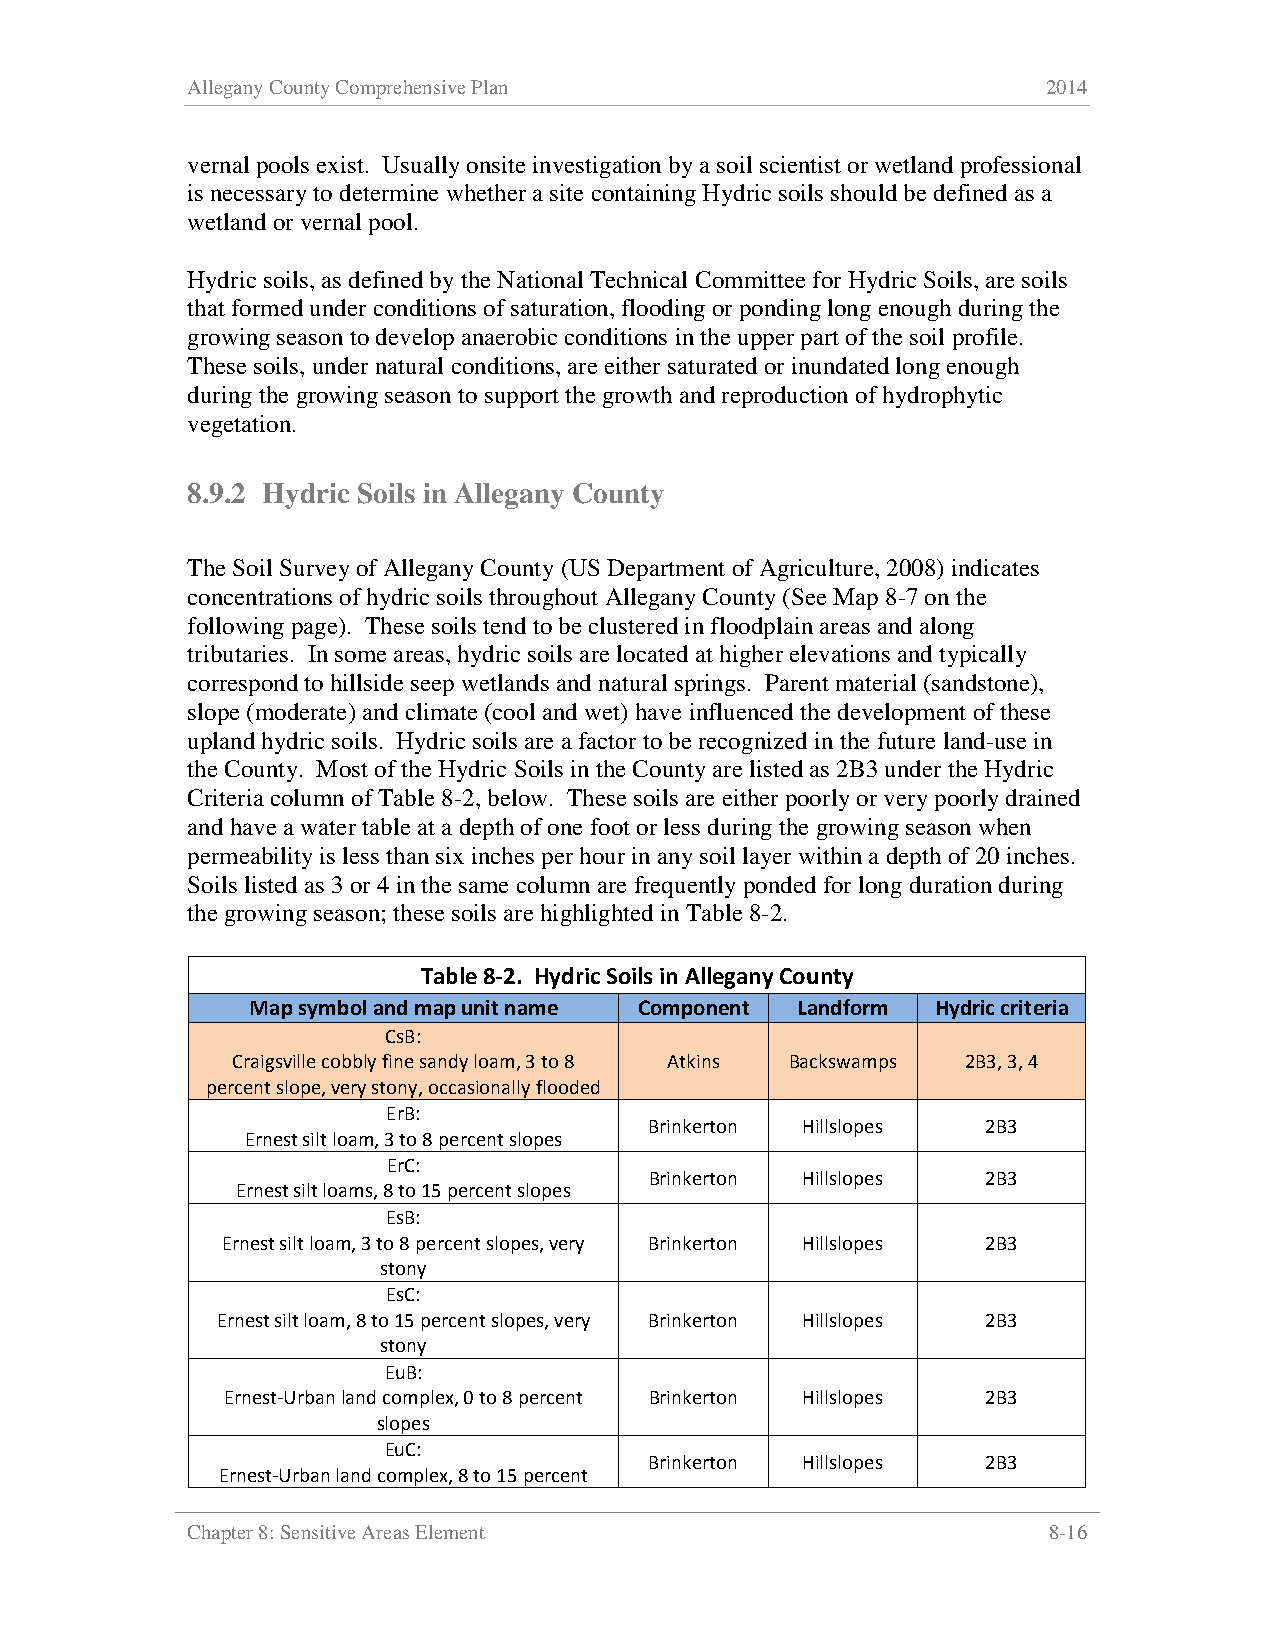
Allegany County Comprehensive Plan                       2014
 vernal pools exist. Usually onsite investigation by a soil scientist or wetland professional
 is necessary to determine whether a site containing Hydric soils should be defined as a
 wetland or vernal pool.
 Hydric soils, as defined by the National Technical Committee for Hydric Soils, are soils
 that formed under conditions of saturation, flooding or ponding long enough during the
 growing season to develop anaerobic conditions in the upper part of the soil profile.
 These soils, under natural conditions, are either saturated or inundated long enough
 during the growing season to support the growth and reproduction of hydrophytic
 vegetation.
 8.9.2 Hydric Soils in Allegany County
 The Soil Survey of Allegany County (US Department of Agriculture, 2008) indicates
 concentrations of hydric soils throughout Allegany County (See Map 8-7 on the
 following page). These soils tend to be clustered in floodplain areas and along
 tributaries. In some areas, hydric soils are located at higher elevations and typically
 correspond to hillside seep wetlands and natural springs. Parent material (sandstone),
 slope (moderate) and climate (cool and wet) have influenced the development of these
 upland hydric soils. Hydric soils are a factor to be recognized in the future land-use in
 the County. Most of the Hydric Soils in the County are listed as 2B3 under the Hydric
 Criteria column of Table 8-2, below. These soils are either poorly or very poorly drained
 and have a water table at a depth of one foot or less during the growing season when
 permeability is less than six inches per hour in any soil layer within a depth of 20 inches.
 Soils listed as 3 or 4 in the same column are frequently ponded for long duration during
 the growing season; these soils are highlighted in Table 8-2.
 Table 8-2. Hydric Soils in Allegany County
 Map symbol and map unit name Component Landform Hydric criteria
 CsB:
 Craigsville cobbly fine sandy loam, 3 to 8 Atkins Backswamps 2B3, 3, 4
 percent slope, very stony, occasionally flooded
 ErB:
 Brinkerton Hillslopes 2B3
 Ernest silt loam, 3 to 8 percent slopes
 ErC:
 Brinkerton Hillslopes 2B3
 Ernest silt loams, 8 to 15 percent slopes
 EsB:
 Ernest silt loam, 3 to 8 percent slopes, very Brinkerton Hillslopes 2B3
 stony
 EsC:
 Ernest silt loam, 8 to 15 percent slopes, very Brinkerton Hillslopes 2B3
 stony
 EuB:
 Ernest-Urban land complex, 0 to 8 percent Brinkerton Hillslopes 2B3
 slopes
 EuC:
 Brinkerton Hillslopes 2B3
 Ernest-Urban land complex, 8 to 15 percent
 Chapter 8: Sensitive Areas Element                       8-16